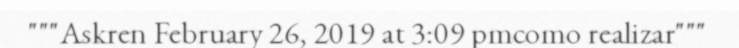
"""Askren February 26, 2019 at 3:09 pmcomo realizar"""